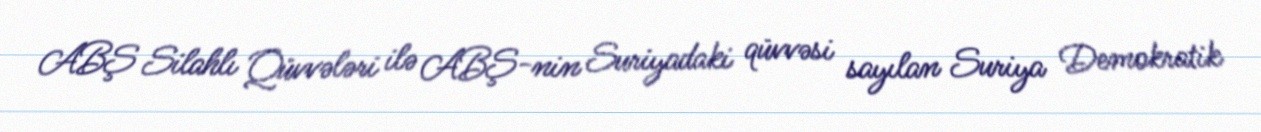
ABŞ Silahlı Qüvvələri ilə ABŞ-nin Suriyadaki qüvvəsi sayılan Suriya Demokratik